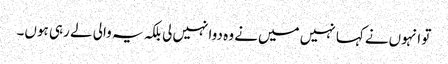
تو انہوں‌نے کہا نہیں میں‌نے وہ دوا نہیں‌لی بلکہ یہ والی لے رہی ہوں۔